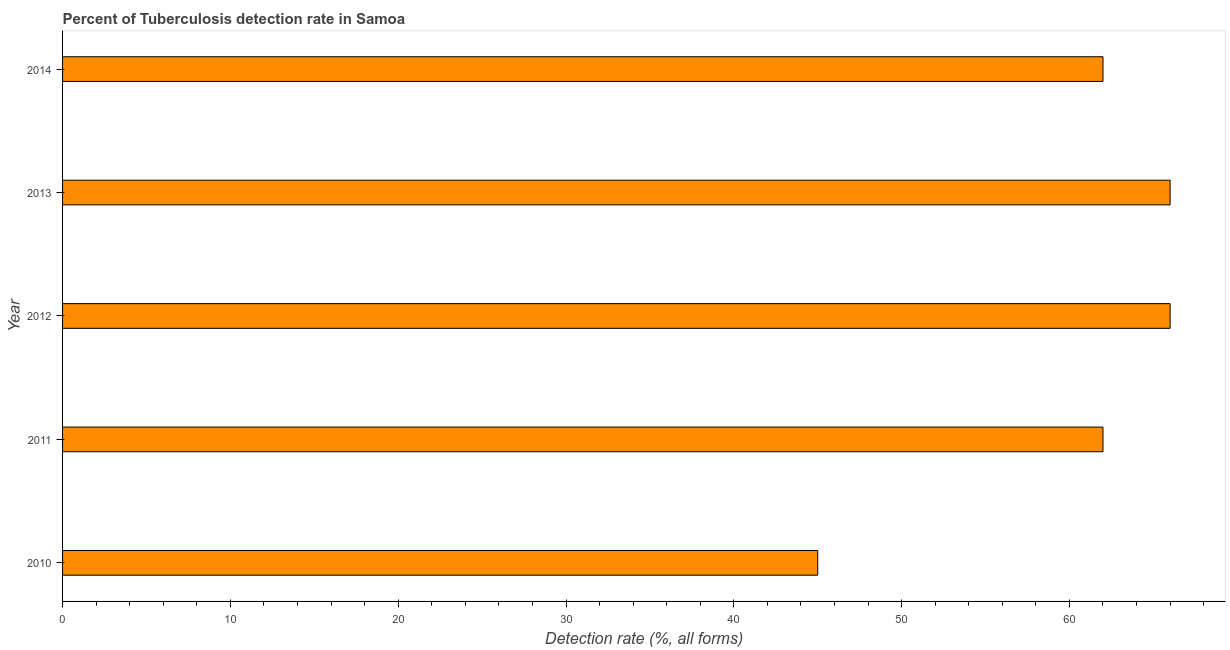
| Year | Tuberculosis case detection rate |
 | --- | --- |
 | 2010 | 45 |
 | 2011 | 62 |
 | 2012 | 66 |
 | 2013 | 66 |
 | 2014 | 62 |